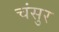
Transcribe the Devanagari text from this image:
चंसुर